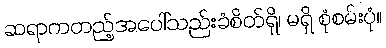
ဆရာကတည့်အပေါ်သည်းခံစိတ်ရှိ၊ မရှိ စုံစမ်းပုံ။